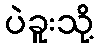
ပဲခူးသို့